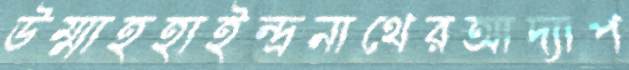
উম্মাহহাইন্দ্রনাথেরআদ্যাপ